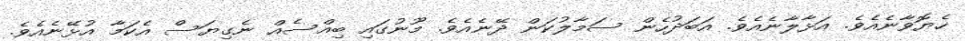
ހެޔޮވާނެއެވެ. އަޅާލާނެއެވެ. އަބަދުހެން ސަމާލުކަން ދޭނެއެވެ. މޫނުގައި ބިއްސެއް ނެގިޔަސް އެކަމާ އުޅޭނެއެވެ.